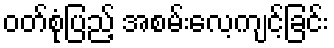
ဝတ်စုံပြည့် အစမ်းလေ့ကျင့်ခြင်း